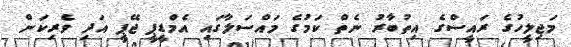
މަޖިލީހުގެ ރައީސްގެ އިތުބާރު ނެތް ކަމުގެ މައްސަލާގައި އެމްޑީޕީ ޖޭޕީ އަދި ވެރިކަން